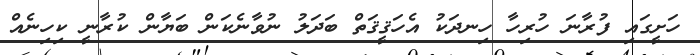
ހަށީގައި ފުރާނަ ހުރިހާ ހިނދަކު އެހަޤީޤަތް ބަދަލު ނުވާނެކަން ބަޔާން ކުރާނީ ކިހިނެއް